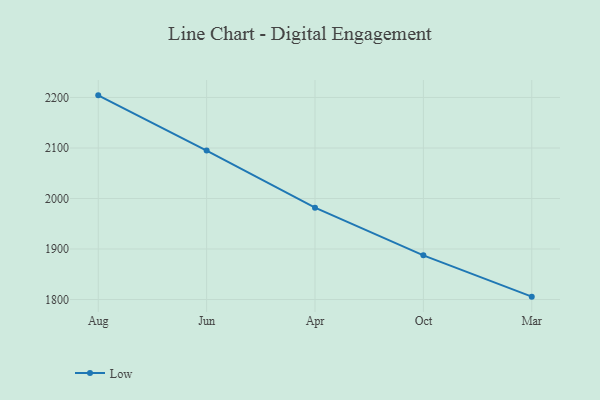
{"axis": {"x": "Month", "y": "Gross Profit (USD K)"}, "legend": ["Low"], "data": [{"x": "Aug", "y": 2204.2, "type": "Low"}, {"x": "Jun", "y": 2094.8, "type": "Low"}, {"x": "Apr", "y": 1981.8, "type": "Low"}, {"x": "Oct", "y": 1887.5, "type": "Low"}, {"x": "Mar", "y": 1805.7, "type": "Low"}]}